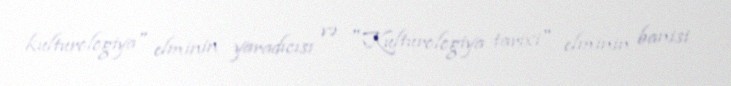
kulturologiya" elminin yaradıcısı və "Kulturologiya tarixi" elminin banisi